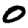
Digit: 0